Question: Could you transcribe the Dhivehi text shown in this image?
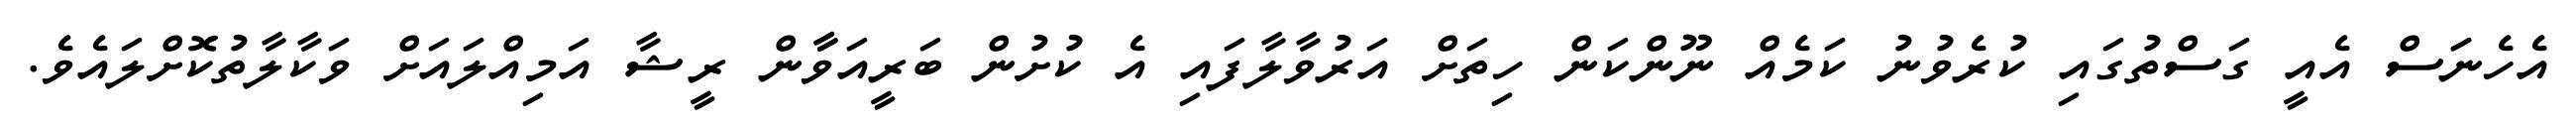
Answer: އެހެނަަސް އެއީ ގަސްތުގައި ކުރެވުނު ކަމެއް ނޫންކަން ހިތަށް އަރުވާލާފައި އެ ކުށުން ބަރީއަވާާން ރީޝާ އަމިއްލައަށް ވަކާލާތުކޮށްލައެވެ.